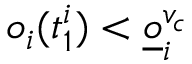
o _ { i } ( t _ { 1 } ^ { i } ) < \underline { o } _ { i } ^ { v _ { c } }